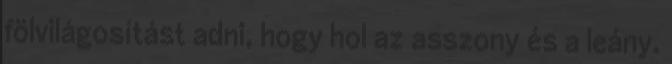
fölvilágosítást adni, hogy hol az asszony és a leány.